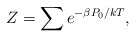
\begin{align*} Z = \sum e^{- \beta P_0/kT},\end{align*}